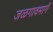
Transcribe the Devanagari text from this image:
जळगावमार्गे